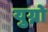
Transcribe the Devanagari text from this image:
युग्नो